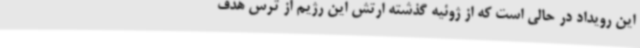
این رویداد در حالی است که از ژوئیه گذشته ارتش این رژیم از ترس هدف